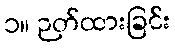
၁။ ဉတ်ထားခြင်း